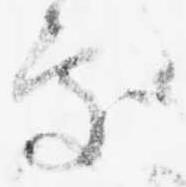
処